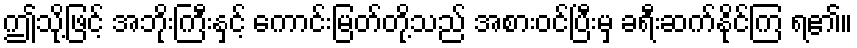
ဤသို့ဖြင့် အဘိုးကြီးနှင့် ကောင်းမြတ်တို့သည် အစားဝင်ပြီးမှ ခရီးဆက်နိုင်ကြ ရ၏။